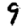
Digit: 9